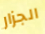
الجزار